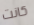
كانت